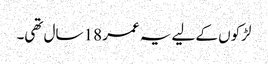
لڑکوں کے لیے یہ عمر 18 سال تھی۔